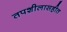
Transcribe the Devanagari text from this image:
तपशीलासहीत